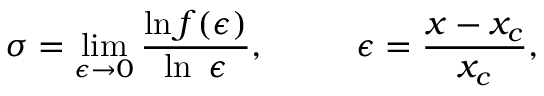
\sigma = \operatorname * { l i m } _ { \epsilon \rightarrow 0 } \frac { \ln f ( \epsilon ) } { \ln \ \epsilon } , \ ~ ~ ~ ~ ~ ~ \ \epsilon = \frac { x - x _ { c } } { x _ { c } } ,